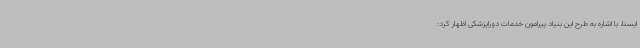
ایسنا، با اشاره به طرح این بنیاد پیرامون خدمات دوراپزشکی اظهار کرد: